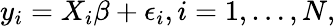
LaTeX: y_{i}=X_{i}\beta+\epsilon_{i},i=1,\ldots,N,